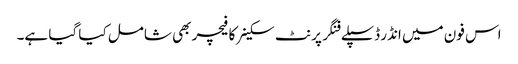
اس فون میں انڈر ڈسپلے فنگر پرنٹ سکینر کا فیچر بھی شامل کیا گیا ہے۔